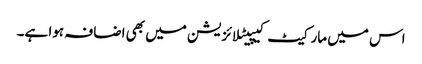
اس میں مارکیٹ کیپیٹلائزیشن میں بھی اضافہ ہوا ہے۔